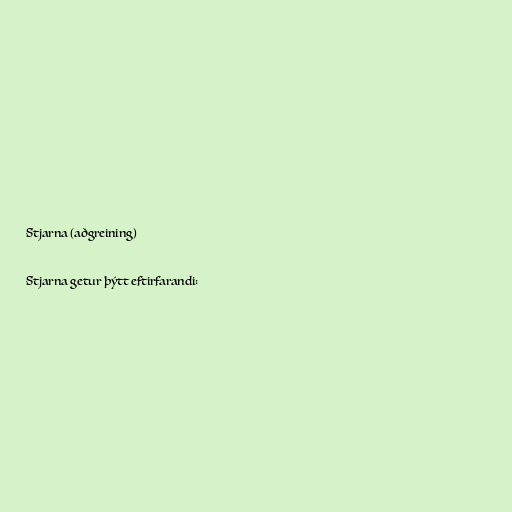
Stjarna (aðgreining)

Stjarna getur þýtt eftirfarandi: